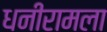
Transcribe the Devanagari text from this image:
धनीरामला